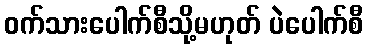
ဝက်သားပေါက်စီသို့မဟုတ် ပဲပေါက်စီ